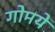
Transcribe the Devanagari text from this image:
गोमयें